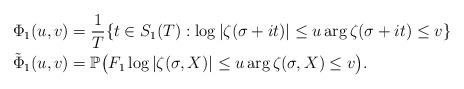
LaTeX: \begin{align*}\Phi_1(u,v)&= \frac{1}{T} \{t\in S_1(T) : \log|\zeta(\sigma+it)|\leq u \arg\zeta(\sigma+it)\leq v\}\\\tilde{\Phi}_1(u,v)&= \mathbb{P}\big(F_1 \log |\zeta(\sigma, X)|\leq u \arg\zeta(\sigma, X)\leq v\big).\end{align*}